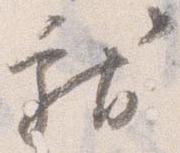
献